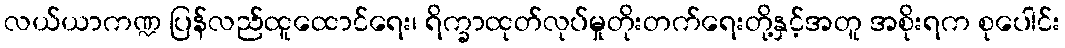
လယ်ယာကဏ္ဍ ပြန်လည်ထူထောင်ရေး၊ ရိက္ခာထုတ်လုပ်မှုတိုးတက်ရေးတို့နှင့်အတူ အစိုးရက စုပေါင်း